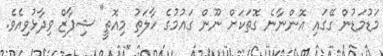
މަޑުމަޑުން ގޭގައި އޮންނާނެ ގޮތަކަށް ނޫން ގައުމުގެ ހާލަތު މިއޮތީ" ޝިފާޒް ވިދާޅުވިއެވެ.